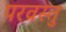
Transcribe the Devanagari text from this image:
परव्रस्तु